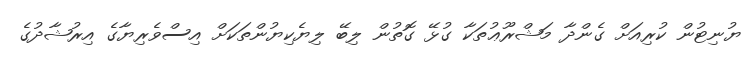
ޔުނިޓުން ކުރިއަށް ގެންދާ މަޝްރޫޢުތަކާ ގުޅޭ ގޮތުން ލިބޭ ލިޔެކިޔުންތަކަށް އިސްވެރިޔާގެ އިރުޝާދުގެ